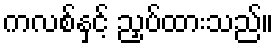
ကလစ်နှင့် ညှပ်ထားသည်။